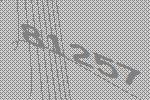
81257